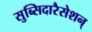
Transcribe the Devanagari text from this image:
सुब्सिदारैसेशन्